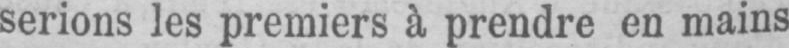
serions les premiers à prendre en mains